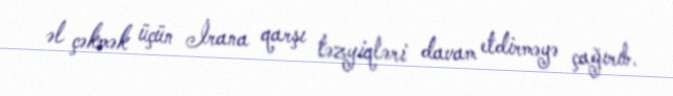
əl çəkmək üçün İrana qarşı təzyiqləri davam etdirməyə çağırıb.